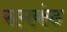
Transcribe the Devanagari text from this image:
रामकंठ